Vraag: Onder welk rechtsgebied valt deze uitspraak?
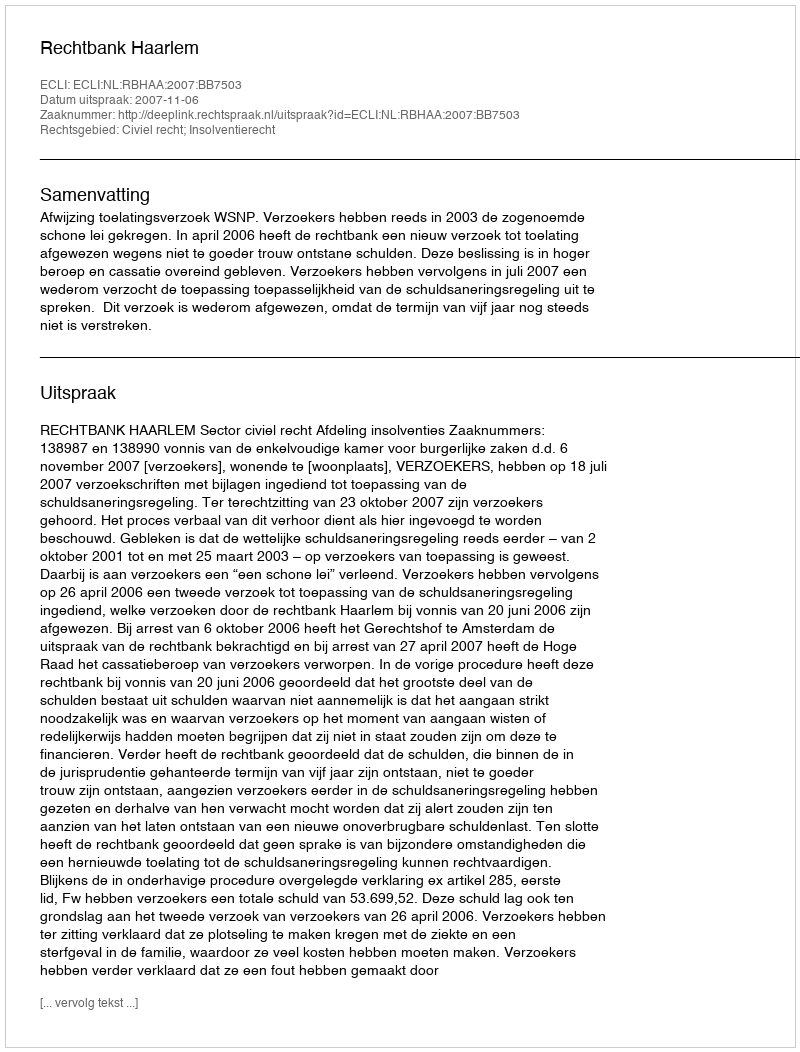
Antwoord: Civiel recht; Insolventierecht